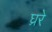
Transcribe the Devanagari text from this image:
घ्ररे